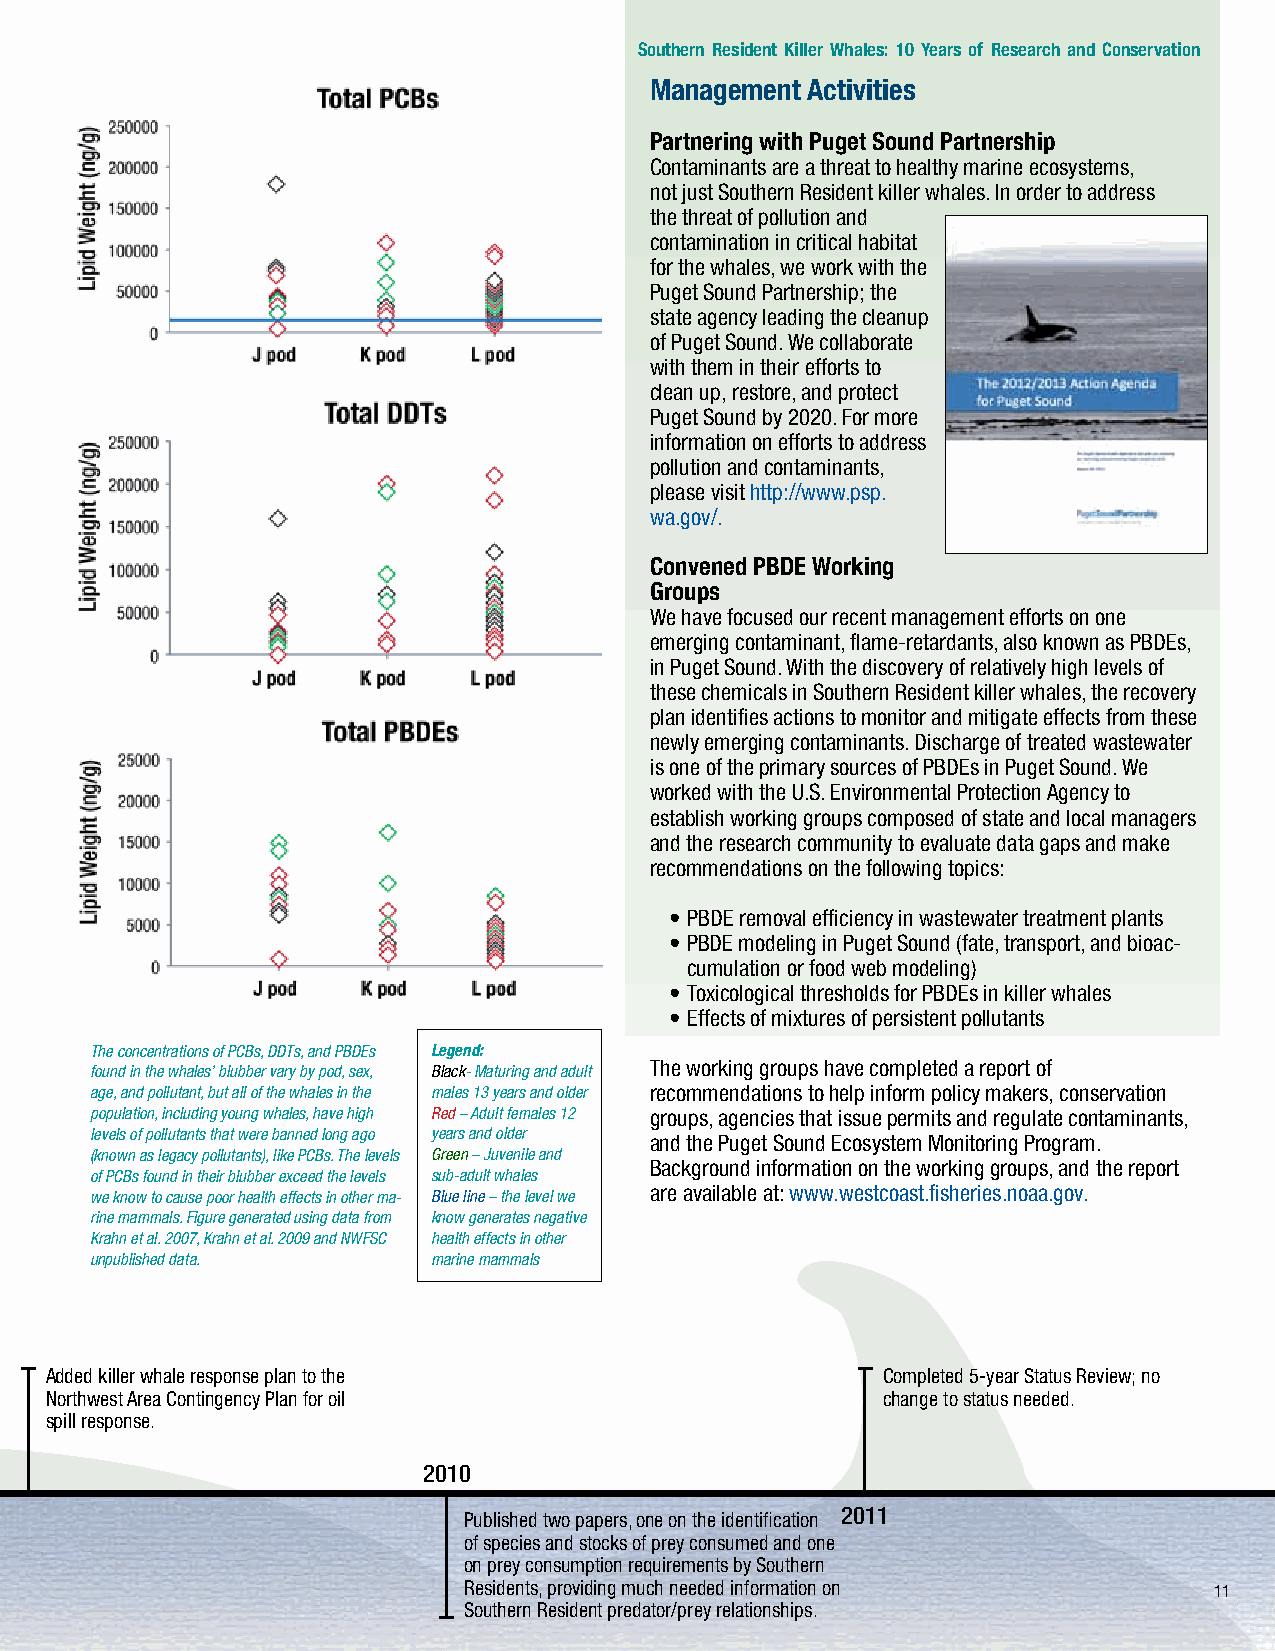
Southern Resident Killer Whales: 10 Years of Research and Conservation
 Management Activities
 Partnering with Puget Sound Partnership
 Contaminants are a threat to healthy marine ecosystems,
 not just Southern Resident killer whales. In order to address
 the threat of pollution and
 contamination in critical habitat
 for the whales, we work with the
 Puget Sound Partnership; the
 state agency leading the cleanup
 of Puget Sound. We collaborate
 with them in their efforts to
 clean up, restore, and protect
 Puget Sound by 2020. For more
 information on efforts to address
 pollution and contaminants,
 please visit http://www.psp.
 wa.gov/.
 Convened PbdE Working
 Groups
 We have focused our recent management efforts on one
 emerging contaminant, flame-retardants, also known as PBDEs,
 in Puget Sound. With the discovery of relatively high levels of
 these chemicals in Southern Resident killer whales, the recovery
 plan identifies actions to monitor and mitigate effects from these
 newly emerging contaminants. Discharge of treated wastewater
 is one of the primary sources of PBDEs in Puget Sound. We
 worked with the U.S. Environmental Protection Agency to
 establish working groups composed of state and local managers
 and the research community to evaluate data gaps and make
 recommendations on the following topics:
 • PBDE removal efficiency in wastewater treatment plants
 • PBDE modeling in Puget Sound (fate, transport, and bioac-
 cumulation or food web modeling)
 • Toxicological thresholds for PBDEs in killer whales
 • Effects of mixtures of persistent pollutants
 The concentrations of PCBs, DDTs, and PBDEs Legend:
 The working groups have completed a report of
 found in the whales’ blubber vary by pod, sex, Black- Maturing and adult
 age, and pollutant, but all of the whales in the males 13 years and older recommendations to help inform policy makers, conservation
 population, including young whales, have high Red – Adult females 12 groups, agencies that issue permits and regulate contaminants,
 levels of pollutants that were banned long ago years and older and the Puget Sound Ecosystem Monitoring Program.
 (known as legacy pollutants), like PCBs. The levels Green – Juvenile and
 Background information on the working groups, and the report
 of PCBs found in their blubber exceed the levels sub-adult whales
 are available at: www.westcoast.fisheries.noaa.gov.
 we know to cause poor health effects in other ma- Blue line – the level we
 rine mammals. Figure generated using data from know generates negative
 Krahn et al. 2007, Krahn et al. 2009 and NWFSC health effects in other
 unpublished data.      marine mammals
 Co-hosted Southern Resident killer whale Added killer whale response plan to the Completed 5-year Status Review; no
 Naturalist Workshop with The Whale Museum Northwest Area Contingency Plan for oil change to status needed.
 for whale-watch operators and naturalists to spill response.
 learn about U.S. and Canadian management
 2009 efforts and research results. 2010
 Published two papers, one on the identification 2011
 of species and stocks of prey consumed and one
 Published trio of papers on how Southern on prey consumption requirements by Southern
 Residents modify their behavior in presence Proposed new vessel regulations to protect Re sidents, p roviding much needed information on 11
 of vessels. killer whales.     Southern Resident predator/prey relationships.